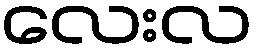
လေးလ